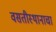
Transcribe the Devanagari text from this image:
वसतीस्थानाचा